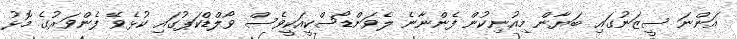
އަންނަ ސީޒަނުގައި ބަޔާން މިއުނިކުން ފެންނާނެ ލެވަންޑޯސްކީއަކީވެސް ވޯލްޑްކަޕުގައި ކުޅެވޭ ފެންވަރުގެ މޮޅު